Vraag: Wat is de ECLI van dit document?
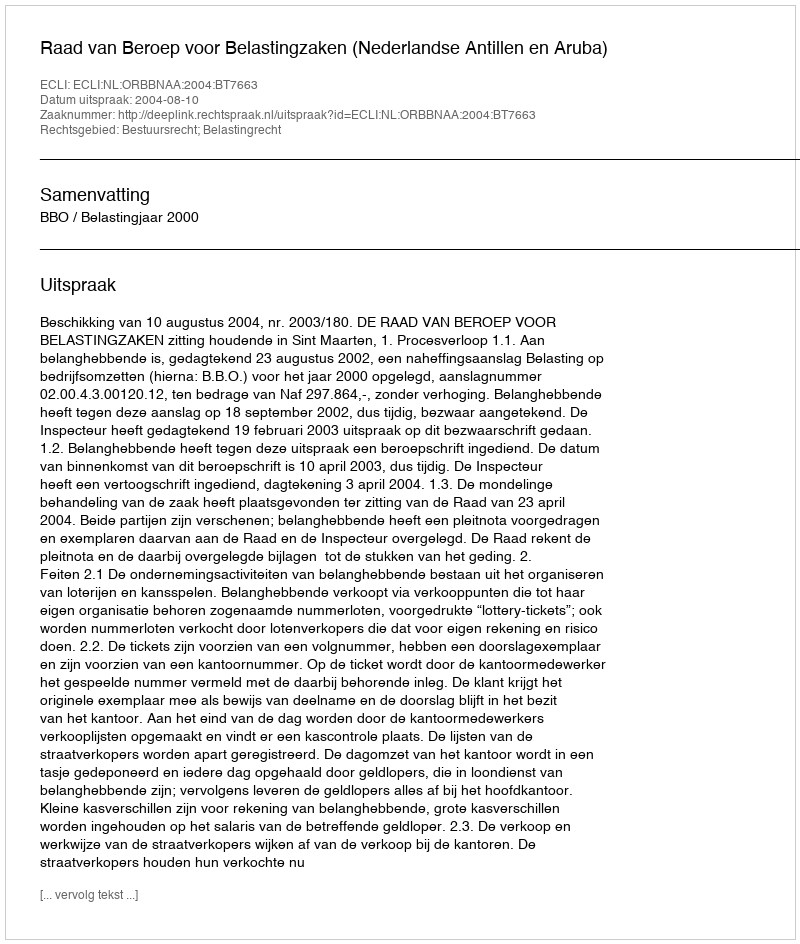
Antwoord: ECLI:NL:ORBBNAA:2004:BT7663